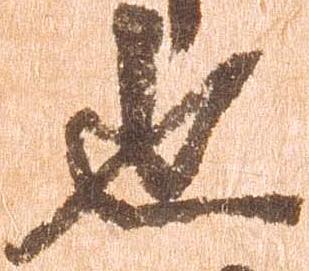
也